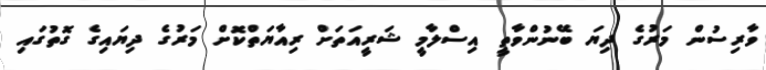
ވާރިސުން މަރުގެ ދިޔަ ބޭނުންވާތީ އިސްލާމީ ޝަރީއަތަށް ރިއާޔަތްކޮށް މަރުގެ ދިޔައިގެ ގޮތުގައި